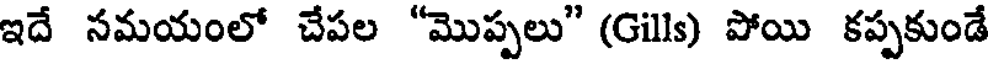
ఇదే సమయంలో చేపల "మొప్పలు" (Gills) పోయి కప్పకుండే